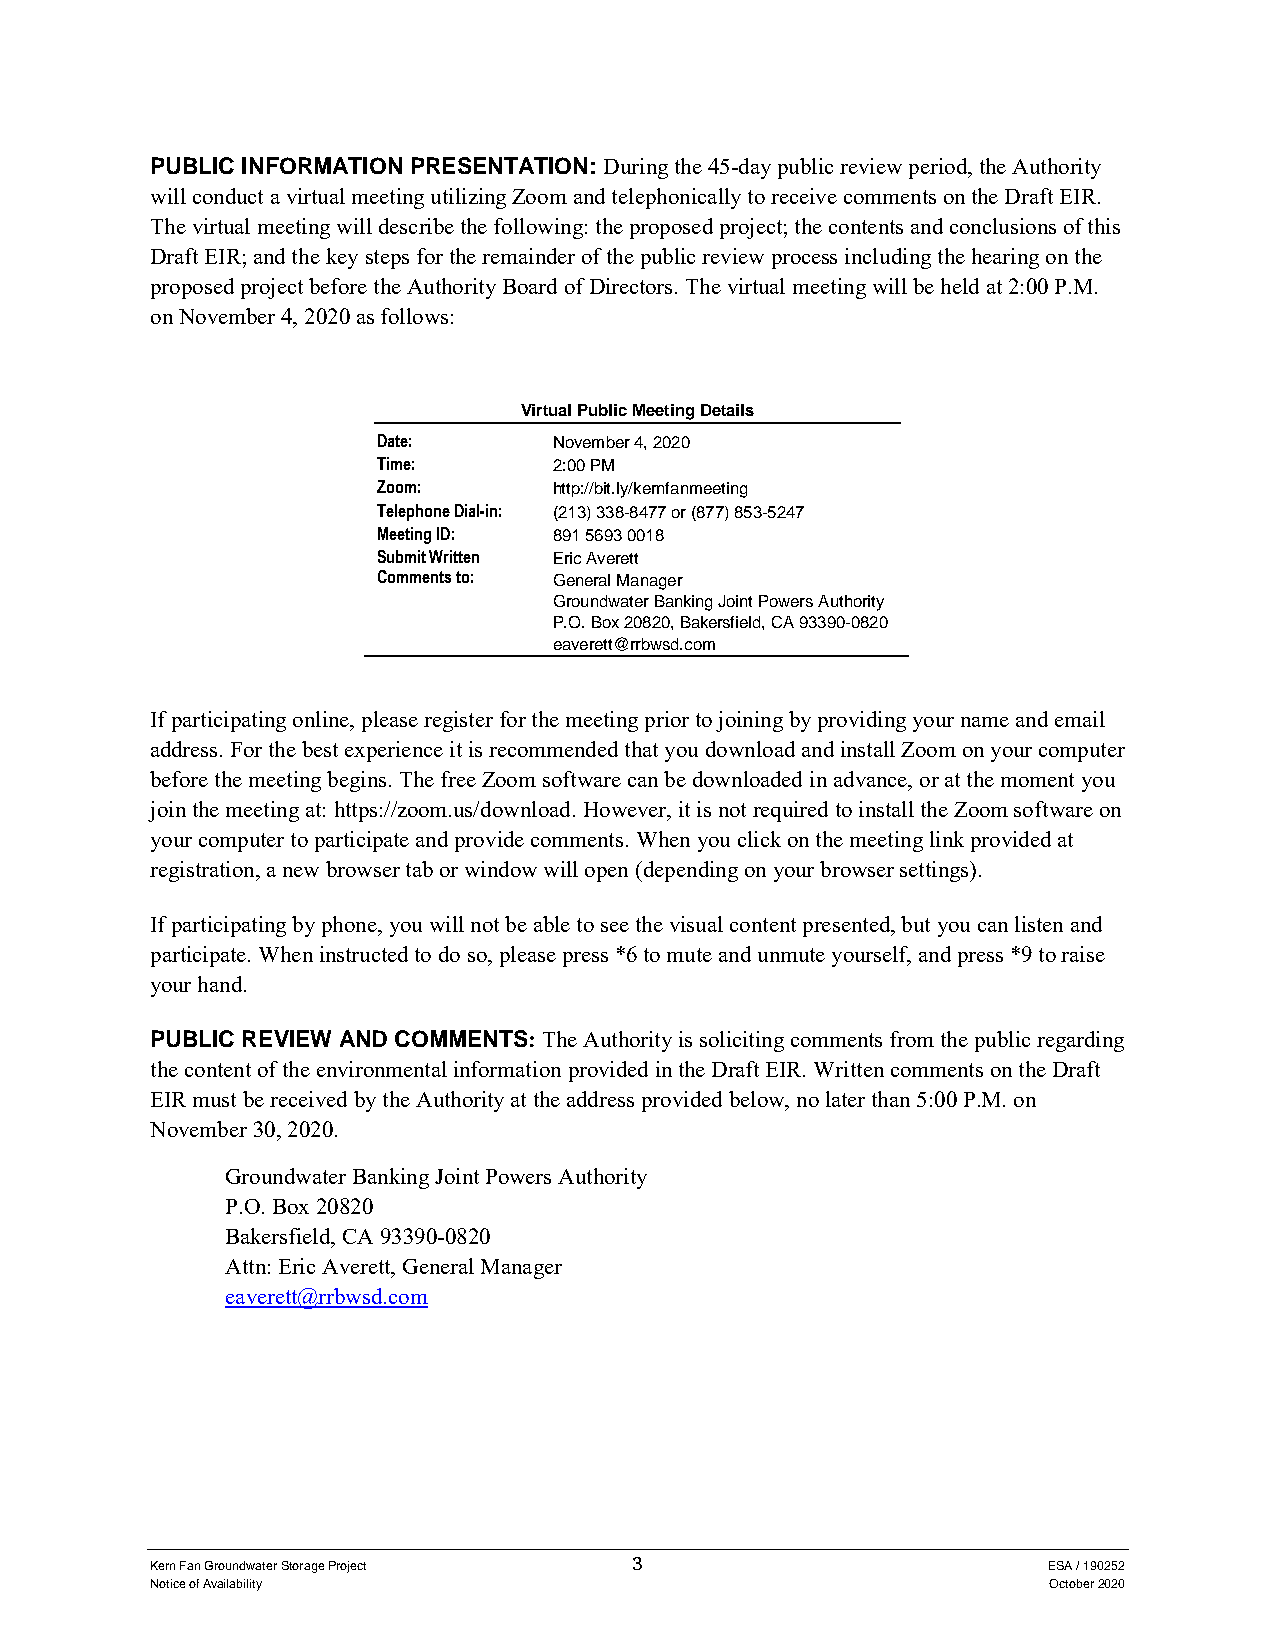
PUBLIC INFORMATION PRESENTATION: During the 45-day public review period, the Authority
 will conduct a virtual meeting utilizing Zoom and telephonically to receive comments on the Draft EIR.
 The virtual meeting will describe the following: the proposed project; the contents and conclusions of this
 Draft EIR; and the key steps for the remainder of the public review process including the hearing on the
 proposed project before the Authority Board of Directors. The virtual meeting will be held at 2:00 P.M.
 on November 4, 2020 as follows:
 Virtual Public Meeting Details
 Date:       November 4, 2020
 Time:       2:00 PM
 Zoom:       http://bit.ly/kernfanmeeting
 Telephone Dial-in: (213) 338-8477 or (877) 853-5247
 Meeting ID: 891 5693 0018
 Submit Written Eric Averett
 Comments to: General Manager
 Groundwater Banking Joint Powers Authority
 P.O. Box 20820, Bakersfield, CA 93390-0820
 eaverett@rrbwsd.com
 If participating online, please register for the meeting prior to joining by providing your name and email
 address. For the best experience it is recommended that you download and install Zoom on your computer
 before the meeting begins. The free Zoom software can be downloaded in advance, or at the moment you
 join the meeting at: https://zoom.us/download. However, it is not required to install the Zoom software on
 your computer to participate and provide comments. When you click on the meeting link provided at
 registration, a new browser tab or window will open (depending on your browser settings).
 If participating by phone, you will not be able to see the visual content presented, but you can listen and
 participate. When instructed to do so, please press *6 to mute and unmute yourself, and press *9 to raise
 your hand.
 PUBLIC REVIEW AND COMMENTS: The Authority is soliciting comments from the public regarding
 the content of the environmental information provided in the Draft EIR. Written comments on the Draft
 EIR must be received by the Authority at the address provided below, no later than 5:00 P.M. on
 November 30, 2020.
 Groundwater Banking Joint Powers Authority
 P.O. Box 20820
 Bakersfield, CA 93390-0820
 Attn: Eric Averett, General Manager
 eaverett@rrbwsd.com
 Kern Fan Groundwater Storage Project 3                     ESA / 190252
 Notice of Availability                                     October 2020